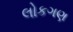
લોકગણ